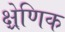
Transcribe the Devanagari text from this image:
क्ष्रेणिक